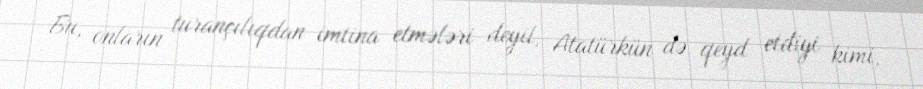
Bu, onların turançılıqdan imtina etmələri deyil, Atatürkün də qeyd etdiyi kimi,